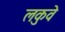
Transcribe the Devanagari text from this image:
लकुवे